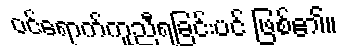
ဝင်ရောက်ကူညီရခြင်းပင် ဖြစ်၏။